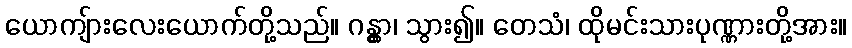
ယောကျ်ားလေးယောက်တို့သည်။ ဂန္တွာ၊ သွား၍။ တေသံ၊ ထိုမင်းသားပုဏ္ဏားတို့အား။